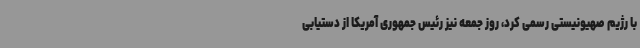
با رژیم صهیونیستی رسمی کرد، روز جمعه نیز رئیس جمهوری آمریکا از دستیابی